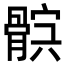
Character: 𩩏